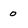
Character: 0